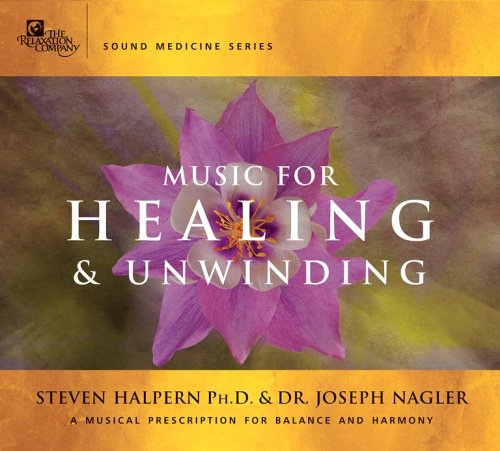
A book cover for Music for Healing and Unwinding: Two Pioneers in the Emerging Field of Sound Healing; Steven Halpern; Self-Help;